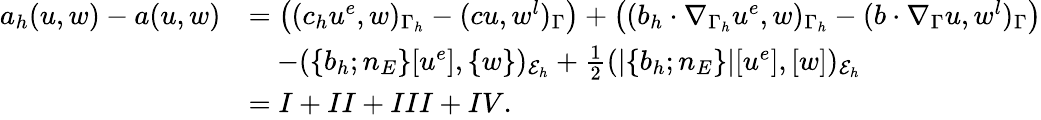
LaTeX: \begin{array}{rl}{a_{h}(u,w)-a(u,w)}&{=\bigl((c_{h}u^{e},w)_{\Gamma_{h}}-(cu,w^{l})_{\Gamma}\bigr)+\bigl((b_{h}\cdot\nabla_{\Gamma_{h}}u^{e},w)_{\Gamma_{h}}-(b\cdot\nabla_{\Gamma}u,w^{l})_{\Gamma}\bigr)}\\ &{\quad-(\{ b_{h};n_{E}\} [u^{e}],\{ w\} )_{\mathcal{E}_{h}}+\frac{1}{2}(|\{ b_{h};n_{E}\} |[u^{e}],[w])_{\mathcal{E}_{h}}}\\ &{=I+II+III+IV.}\end{array}